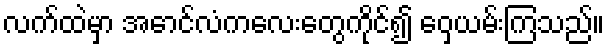
လက်ထဲမှာ အောင်လံကလေးတွေကိုင်၍ ဝှေ့ယမ်းကြသည်။